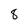
Character: 8